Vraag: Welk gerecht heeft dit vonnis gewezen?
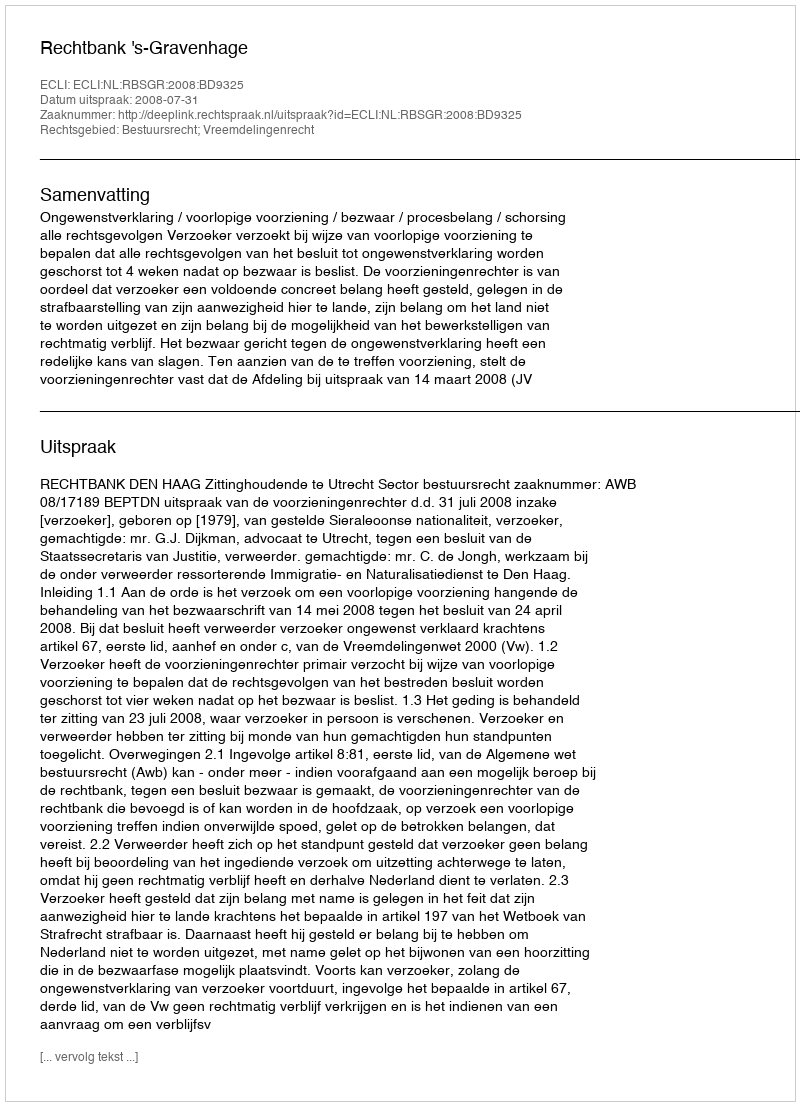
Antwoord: Rechtbank 's-Gravenhage